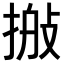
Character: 𢮽